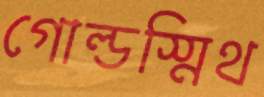
গোল্ডস্মিথ